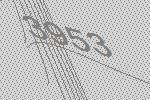
3953